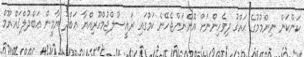
ކަންކަން ނިންމުމުގެ ޙައްޤު ދިވެހިންނަށް އޮންނަންޖެހޭނެ ކަމުގައި ރައީސުލްޖުމްހޫރިއްޔާ ޢަބްދު ޔާމީން ޢަބްދުލްޤައްޔޫމް